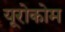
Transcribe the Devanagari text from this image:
यूरोकोम